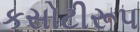
કસોટીરૂપ